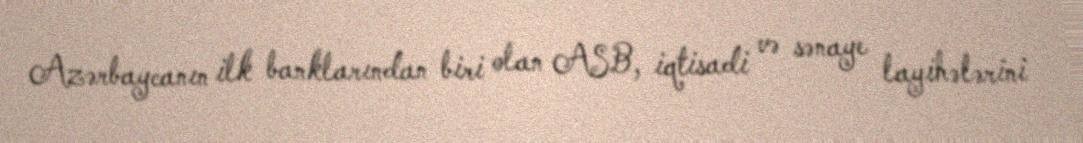
Azərbaycanın ilk banklarından biri olan ASB, iqtisadi və sənaye layihələrini